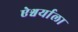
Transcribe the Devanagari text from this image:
ऐश्वर्याला